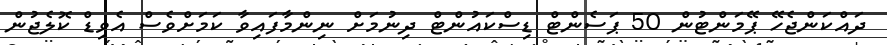
ދައްކަންޖެހޭ ޕޭމަންޓުން 50 ޕަސެންޓް ޑިސްކައުންޓް ދިނުމަށް ނިންމާފައިވާ ކަމަށްވެސް އެވިޑް ކޮލެޖުން